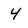
Character: 4